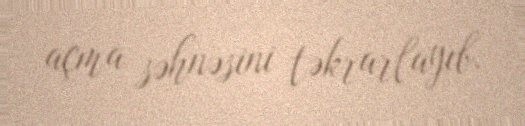
açma səhnəsini təkrarlayıb.